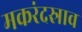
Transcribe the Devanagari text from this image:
मकरंदस्राव